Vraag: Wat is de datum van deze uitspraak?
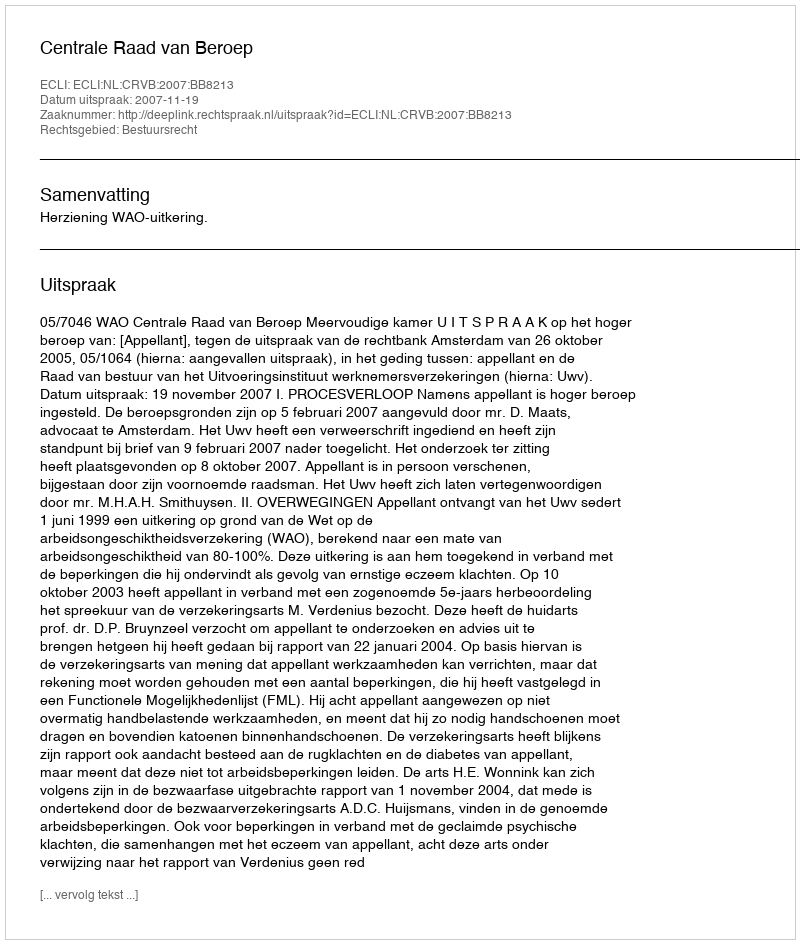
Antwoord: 2007-11-19